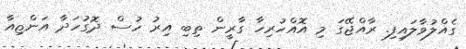
ގެއްލުވާލައިފި. ރާއްޖޭގަ މި އޮއްހުރިހާ ގާރީން ތިބި އިރު ހުސް ދޮގުހަދާ އަންޱިއާ